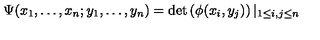
\Psi ( x _ { 1 } , \ldots , x _ { n } ; y _ { 1 } , \ldots , y _ { n } ) = \det \left( \phi ( x _ { i } , y _ { j } ) \right) | _ { 1 \leq i , j \leq n }